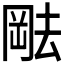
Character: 𫤷